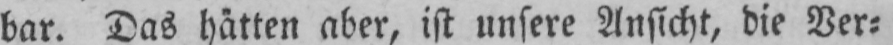
bar. Das hätten aber, ist unsere Ansicht, die Ver⸗